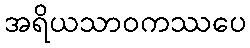
အရိယသာဝကဿပေ